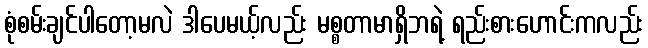
စုံစမ်းချင်ပါတော့မလဲ ဒါပေမယ့်လည်း မစ္စတာမာရှိဘရဲ့ ရည်းစားဟောင်းကလည်း